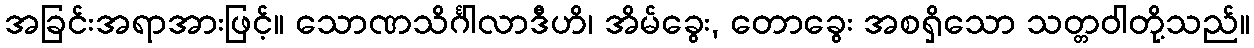
အခြင်းအရာအားဖြင့်။ သောဏသိင်္ဂါလာဒီဟိ၊ အိမ်ခွေး, တောခွေး အစရှိသော သတ္တဝါတို့သည်။